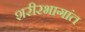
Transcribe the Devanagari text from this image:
शरीरभागांत